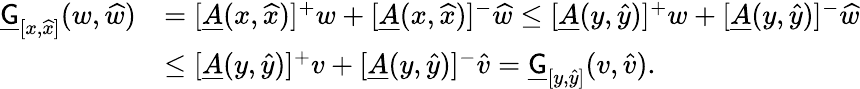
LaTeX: \begin{array}{rl}{\underline{{\mathsf{G}}}_{[x,\widehat{x}]}(w,\widehat{w})}&{=[\underline{{A}}(x,\widehat{x})]^{+}w+[\underline{{A}}(x,\widehat{x})]^{-}\widehat{w}\le[\underline{{A}}(y,\widehat{y})]^{+}w+[\underline{{A}}(y,\widehat{y})]^{-}\widehat{w}}\\ &{\le[\underline{{A}}(y,\widehat{y})]^{+}v+[\underline{{A}}(y,\widehat{y})]^{-}\widehat{v}=\underline{{\mathsf{G}}}_{[y,\widehat{y}]}(v,\widehat{v}).}\end{array}